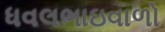
ધવલભાઇવાળો